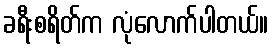
ခရီးစရိတ်က လုံလောက်ပါတယ်။